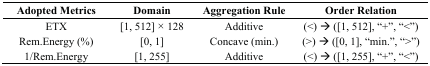
<table><thead><tr><td><b>Adopted Metrics</b></td><td><b>Domain</b></td><td><b>Aggregation Rule</b></td><td><b>Order Relation</b></td></tr></thead><tbody><tr><td>ETX</td><td>[1, 512] × 128</td><td>Additive</td><td>(&lt;) ➔ ([1, 512], “+”, “&lt;”)</td></tr><tr><td>Rem.Energy (%)</td><td>[0, 1]</td><td>Concave (min.)</td><td>(&gt;) ➔ ([0, 1], “min.”, “&gt;”)</td></tr><tr><td>1/Rem.Energy</td><td>[1, 255]</td><td>Additive</td><td>(&lt;) ➔ ([1, 255], “+”, “&lt;”)</td></tr></tbody></table>